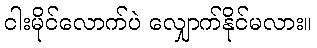
ငါးမိုင်လောက်ပဲ လျှောက်နိုင်မလား။